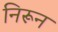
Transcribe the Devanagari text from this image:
निरून